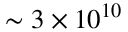
\sim 3 \times 1 0 ^ { 1 0 }